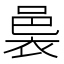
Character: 𮖄